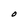
Character: O